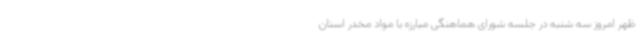
ظهر امروز سه شنبه در جلسه شورای هماهنگی مبارزه با مواد مخدر استان